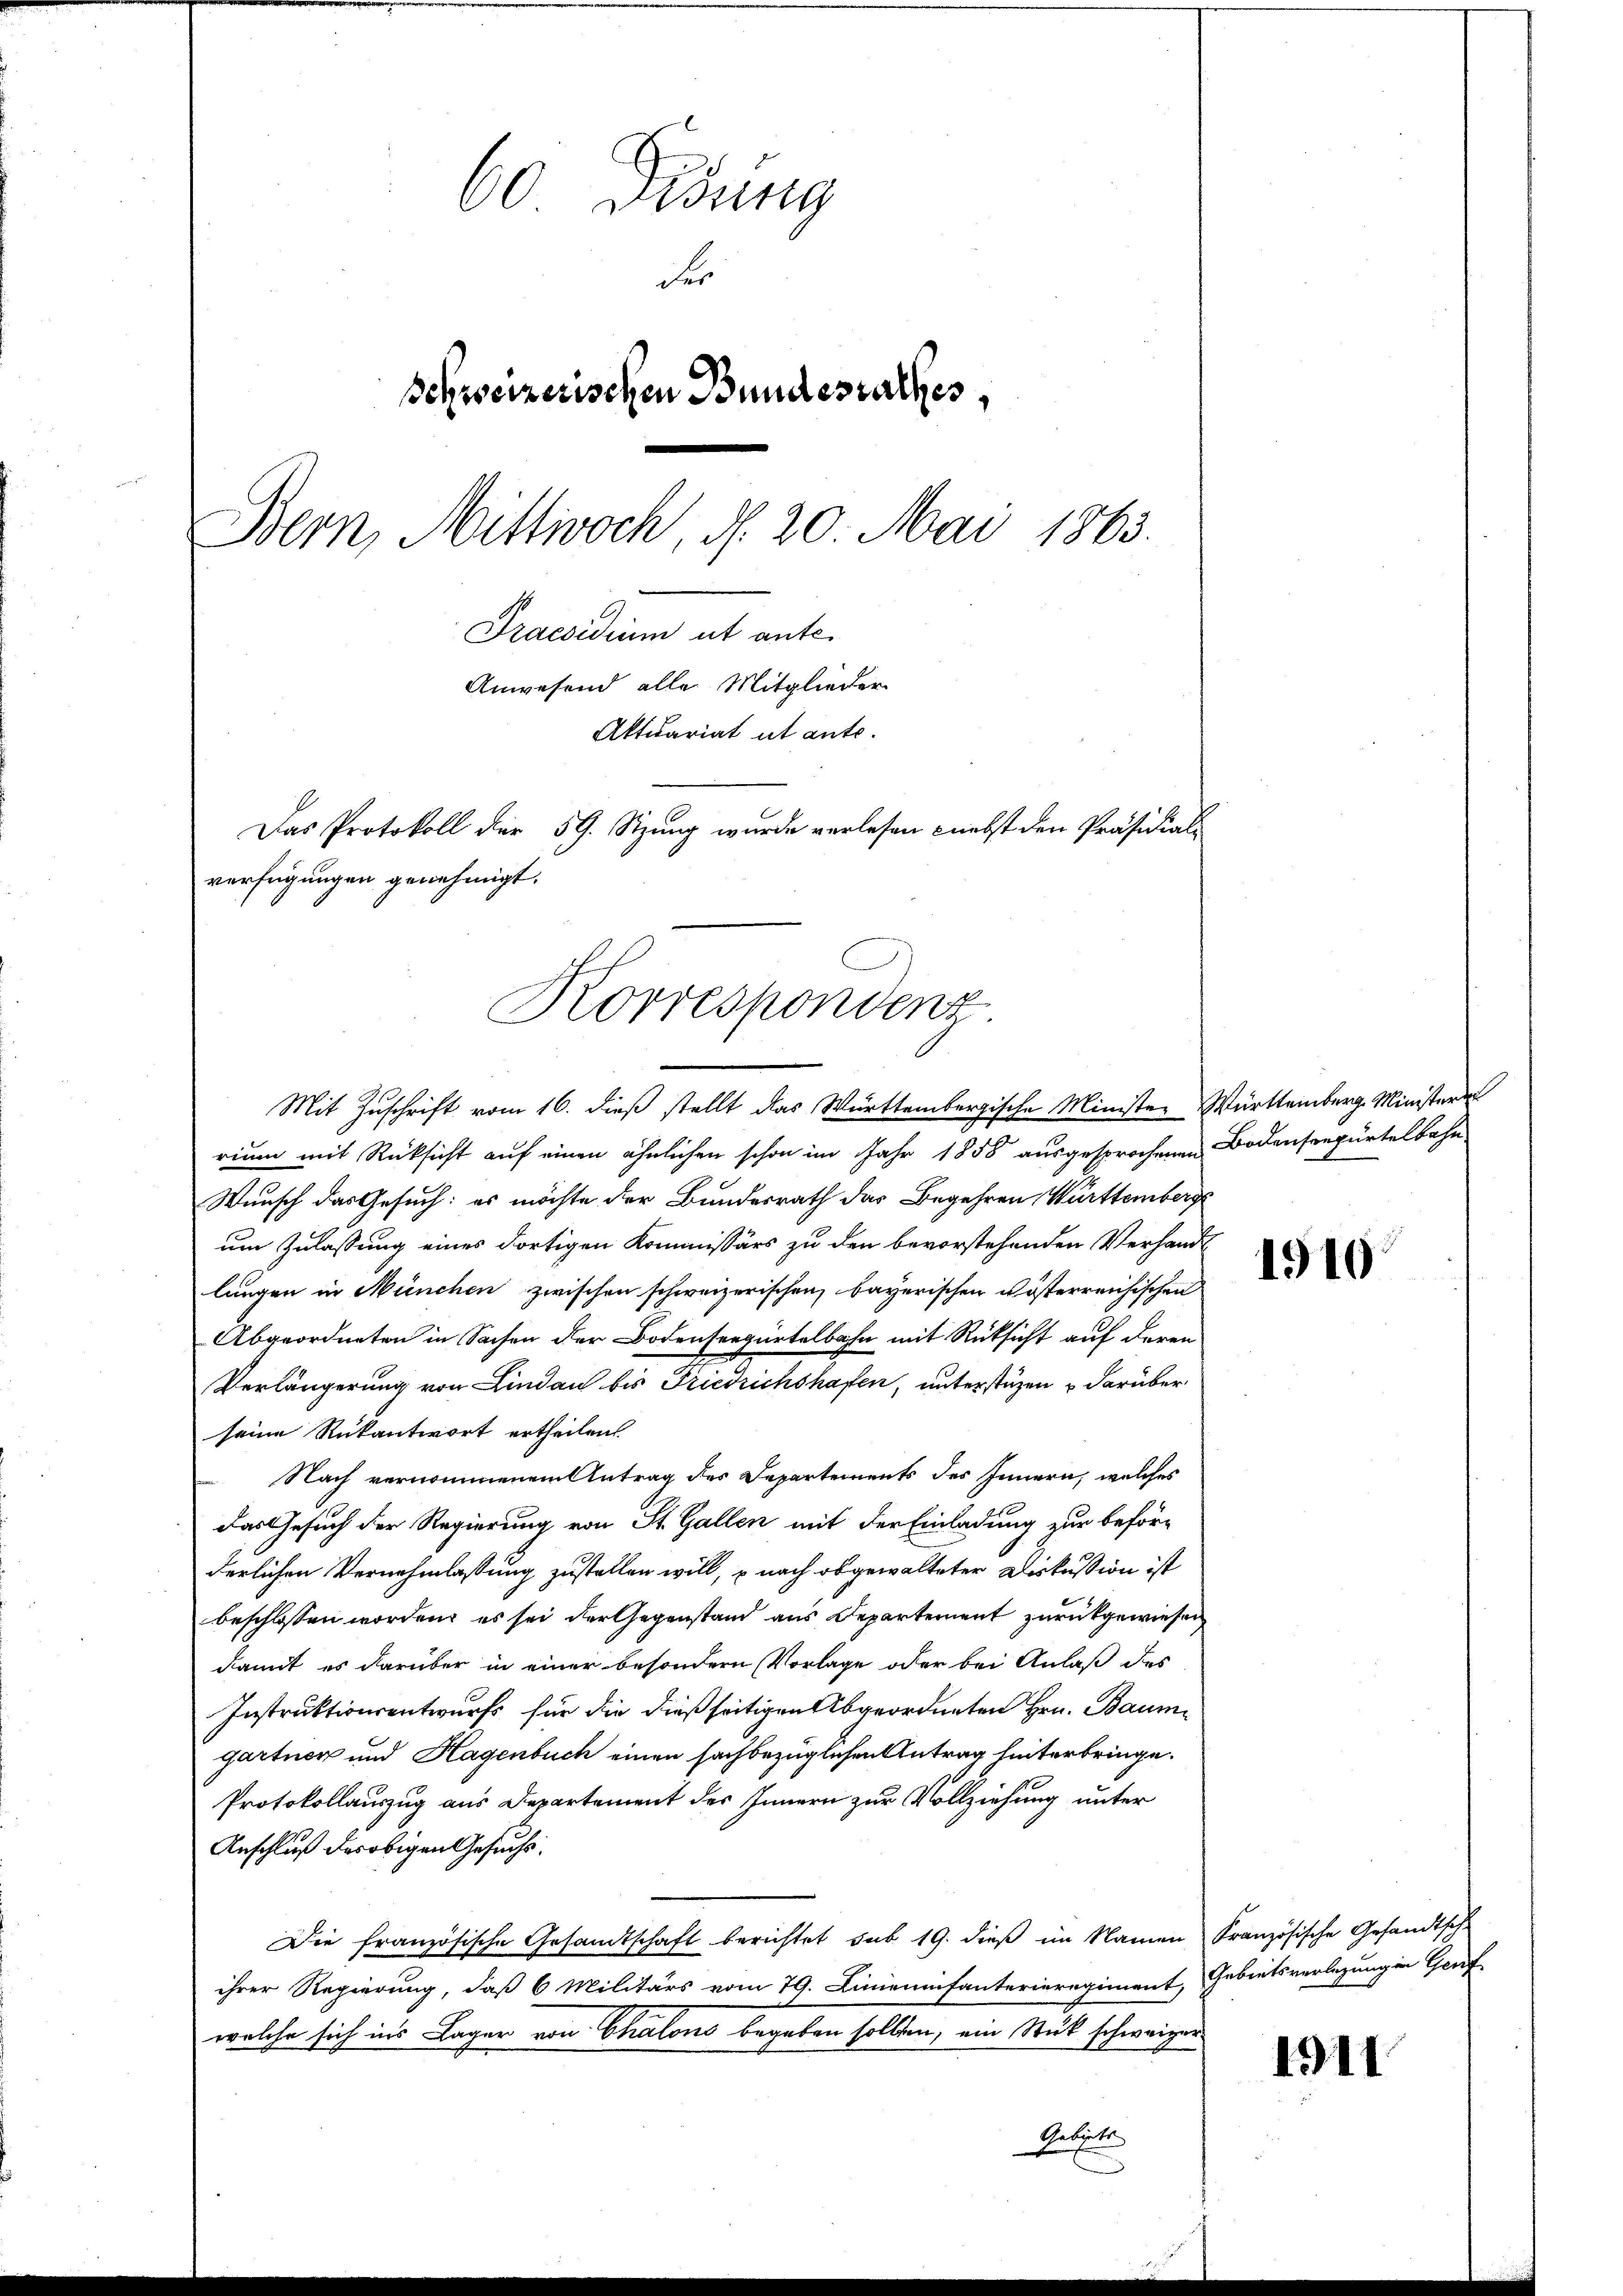
60 Didung
des
Schweizerischen Bundesrathes,
Bern, Mittwoch, d. 20. Mai 1863.
Praesidium ut ante.
Anwesend alle Mitglieder
Aktuariat ut ante.
Das Protokoll der 59. Sitzung wurde verlesen nebst den Präsidial-
verfügungen genehmigt.

Korrespondenz
Mit Zuschrift vom 16. dieß stellt das Württembergische Minister Württemberg. Ministern

rium mit Rücksicht auf einen ähnlichen schon im Jahr 1858 ausgesprochenen Bodensrepürtelbahn
Wunsch das Gesuch: es möchte der Bundesrath das Begehren, Württemberg
um Zulassung eines dortigen Kommissärs zu den bevorstehenden Verhandl
lungen in München zwischen schweizerischen, bayerischen Kösterreichischen
Abgeordneten in Sachen der Bodenseegürtelbahn mit Rücksicht auf deren
Verlängerung von Lindau bis Friedrichshafen, unterstüzen & darüber
seine Rükantwort ertheilen.
Nach vernommenem Antrag des Departements des Innern, welches
Das Gesuch der Regierung von St. Gallen mit der Einladung zur beförderlichen Vernehmlassung zustellen will, u nach obgewalteter Diskussion ist
beschlossen worden, es sei der Gegenstand aus Departement zurückgewiesen
damit es darüber in einer besondern Vorlage oder bei Anlaß des
Instruktionsentwurfs für die dießseitigen Abgeordneten Hrn. Baumgartner und Hagenbuch einen sachbezüglichen Antrag hinterbringe.
Protokollauszug aus Departement des Innern zur Vollziehung unter
Anschluß der obigen Gesuchs.
Die französische Gesandtschaft berichtet sub 19. dieß im Namen Französische Gesandtsch
ihrer Regierung, daß 6 Militärs vom 79. Linienfanterieregiment, Gebietsverlegung in Genf
welche sich ins Lager von Chalons begeben sollten, ein Stück schweizer
Aetheite

1910

1911